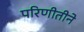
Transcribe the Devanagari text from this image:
परिणीतीने